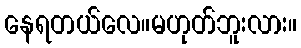
နေရတယ်လေ။မဟုတ်ဘူးလား။